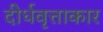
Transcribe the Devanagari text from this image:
दीर्धवृत्ताकार